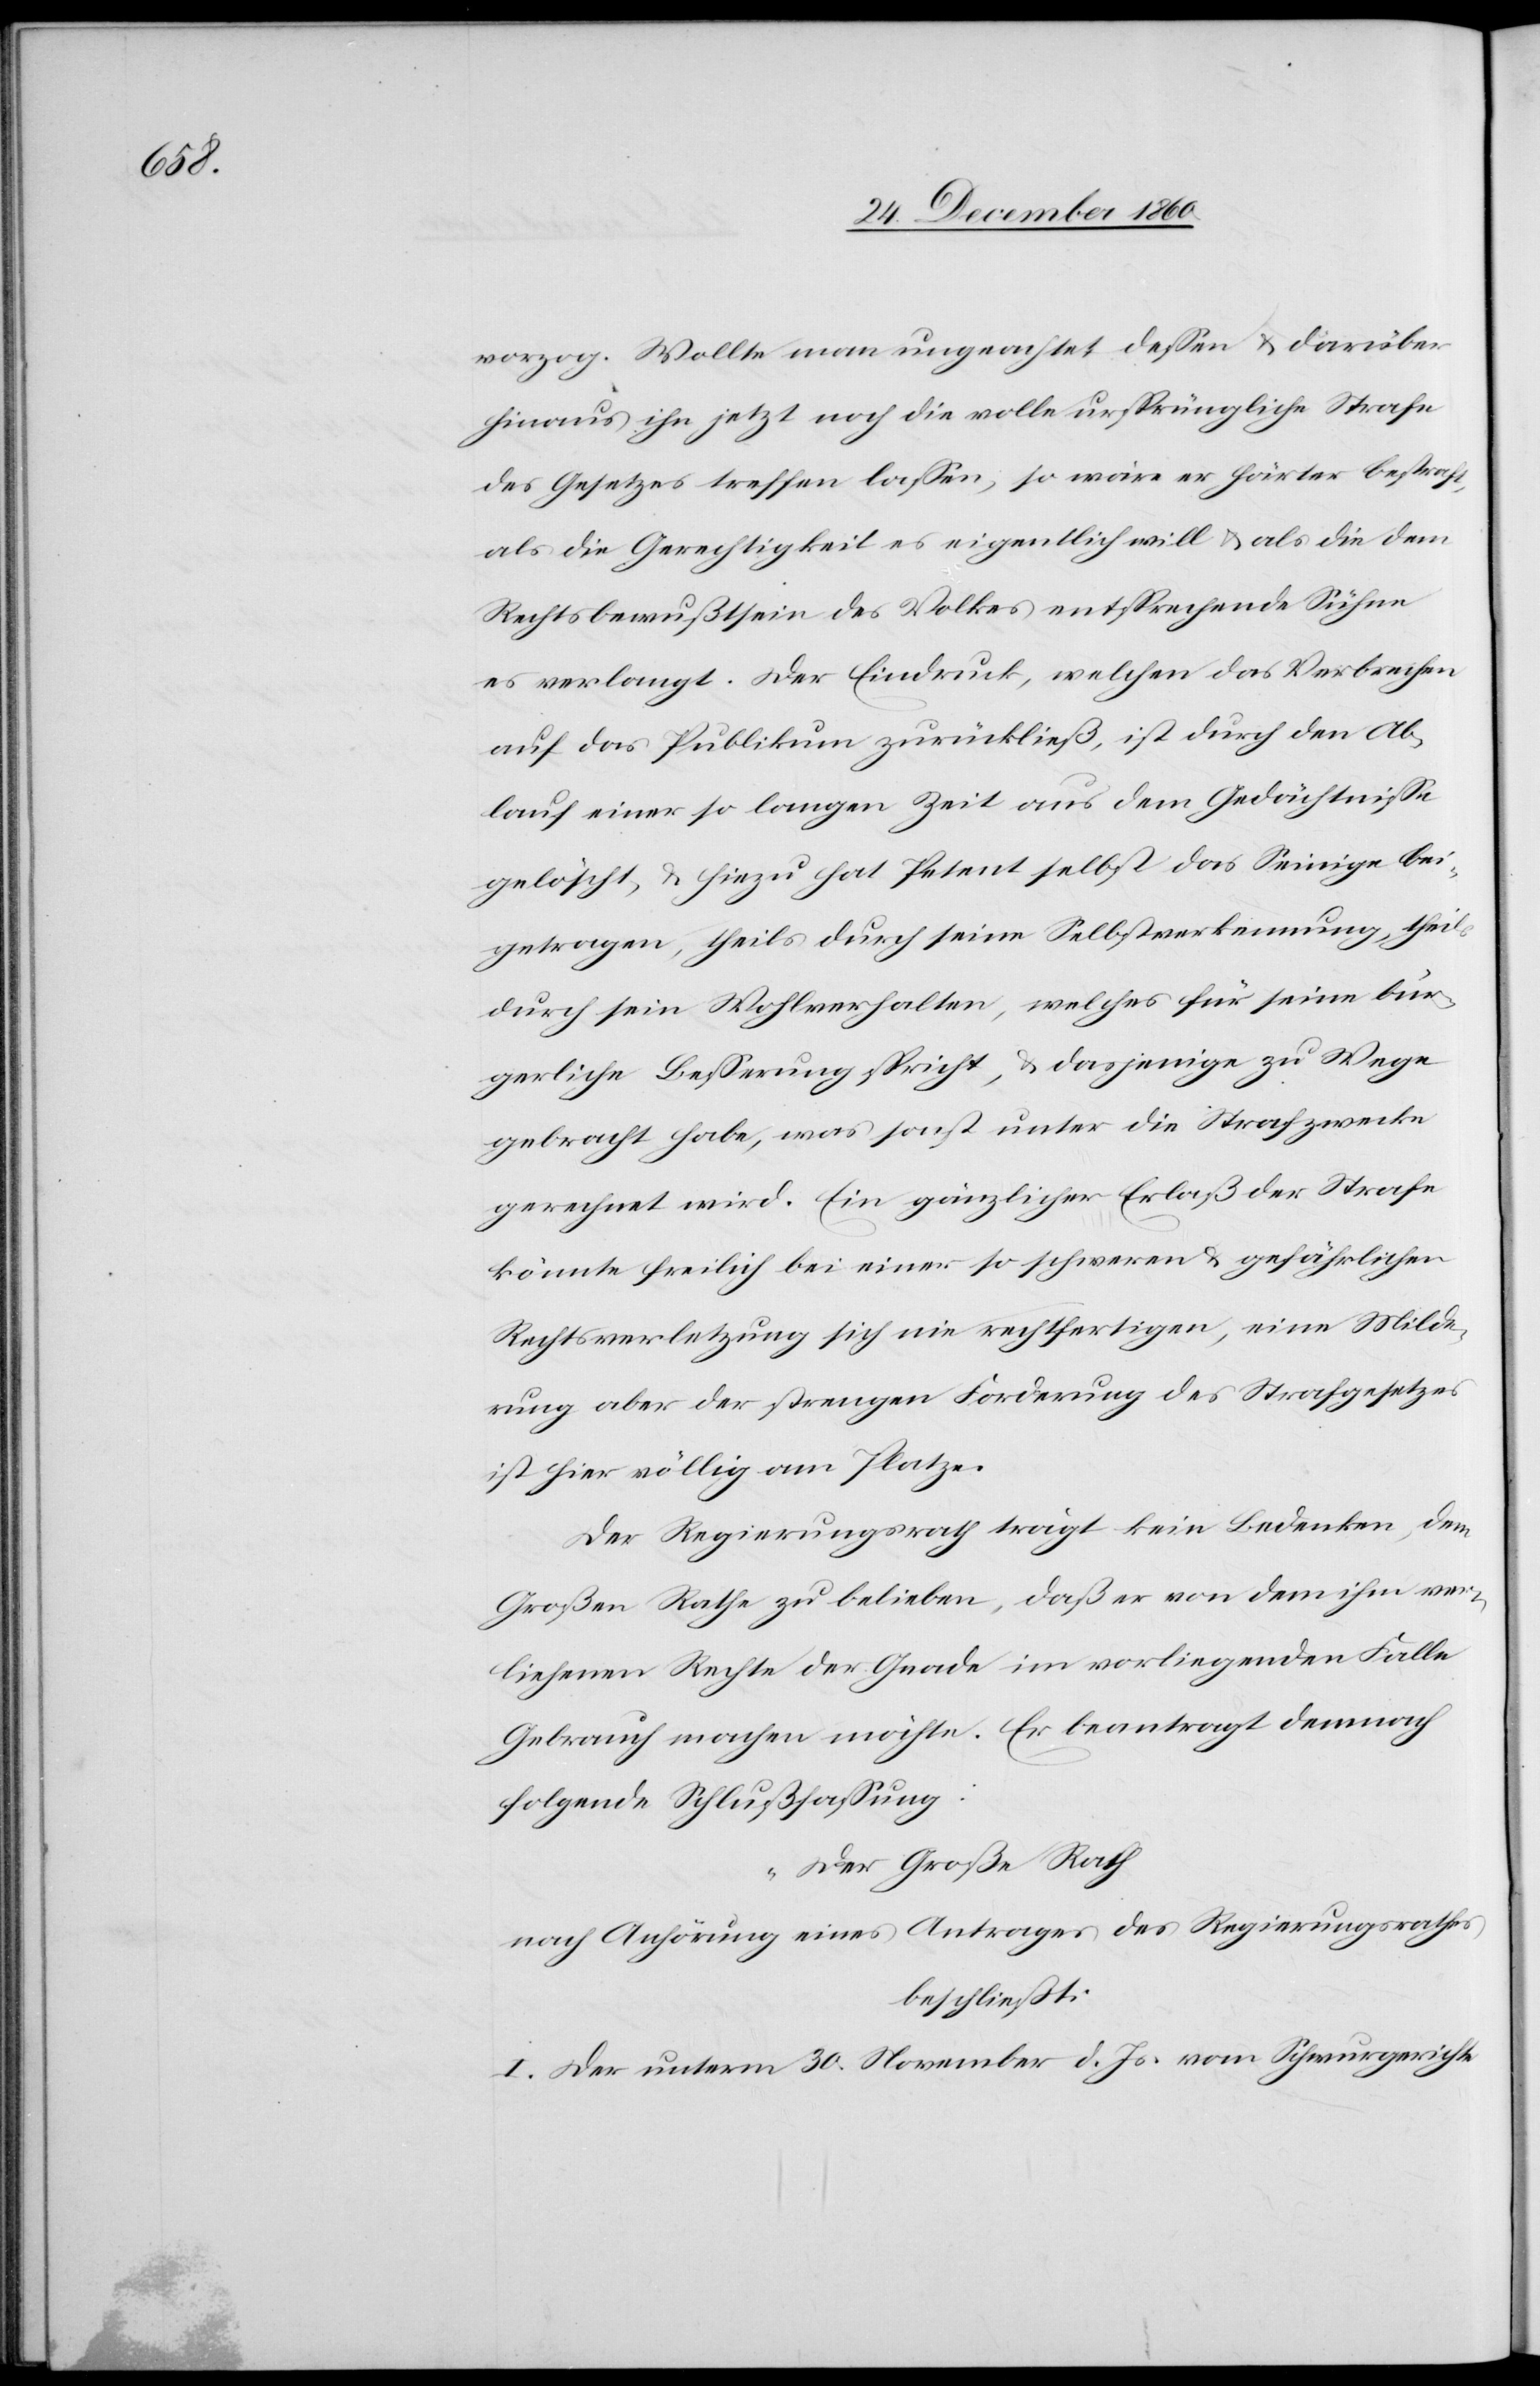
vorzog. Wollte man ungeachtet dessen u. darüber
hinaus ihn jetzt noch die volle ursprüngliche Strafe
des Gesetzes treffen lassen, so wäre er härter bestraft,
als die Gerechtigkeit es eigentlich will u. als die dem
Rechtsbewußtsein des Volkes entsprechende Sühne
es verlangt. Der Eindruck, welchen das Verbrechen
auf das Publikum zurückließ, ist durch den Ab¬
lauf einer so langen Zeit aus dem Gedächtnisse
gelöscht, u. hiezu hat Petent selbst das Seinige bei¬
getragen, theils durch seine Selbsterkennung, theils
durch sein Wohlverhalten, welches für seine bür¬
gerliche Besserung spricht, u. dasjenige zu Wege
gebracht habe, was sonst unter die Strafzwecke
gerechnet wird. Ein gänzlicher Erlaß der Strafe
könnte freilich bei einer so schweren u. gefährlichen
Rechtsverletzung sich nie rechtfertigen, eine Milde¬
rung aber der strengen Forderung des Strafgesetzes
ist hier völlig am Platze.
Der Regierungsrath trägt kein Bedenken, dem
Großen Rathe zu belieben, daß er von dem ihm ver¬
liehenen Rechte der Gnade im vorliegenden Falle
Gebrauch machen möchte. Er beantragt demnach
folgende Schlußfassung:
„Der Große Rath
nach Anhörung eines Antrages des Regierungsrathes
beschließt:
I. Der unterm 30. November d. Js. vom Schwurgerichte